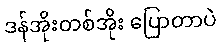
ဒန်အိုးတစ်အိုး ပြောတာပဲ